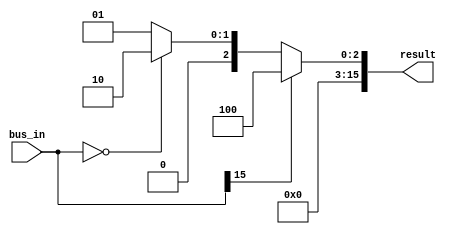
`timescale 1ns / 1ps
//////////////////////////////////////////////////////////////////////////////////
// Company: 
// Engineer: 
// 
// Design Name: 
// Module Name: cc_logic
// Project Name: 
// Target Devices: 
// Tool Versions: 
// Description: 
// 
// Dependencies: 
// 
// Revision:
// Revision 0.01 - File Created
// Additional Comments:
// 
//////////////////////////////////////////////////////////////////////////////////


module cc_logic(
    input [15:0] bus_in,
    output reg [15:0] result
    );
    
    always @(bus_in) begin
    
        result[15:0] = 0;
        
        // N
        if (bus_in[15] == 'b1) result[2:0] = 'b100;
        
        // Z
        else if (bus_in == 0) result[2:0] = 'b010;
        
        // P
        else result[2:0] = 'b001;
    
    end
    
endmodule